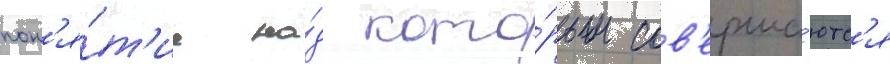
пон'я́т'ие на́д кото́рым сов'ерша́ютс'я